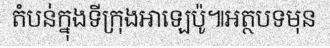
តំបន់ក្នុងទីក្រុងអាឡេប៉ូ៕អត្ថបទមុន